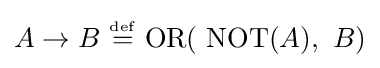
A\rightarrow B\ {\overset {\underset {\mathrm {def} }{}}{=}}\ {\mbox{OR}}(\ {\mbox{NOT}}(A),\ B)